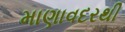
માણાવદરથી